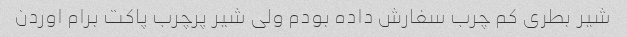
شیر بطری کم چرب سفارش داده بودم ولی شیر پرچرب پاکت برام اوردن